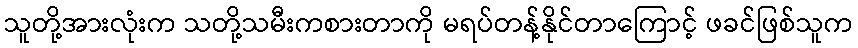
သူတို့အားလုံးက သတို့သမီးကစားတာကို မရပ်တန့်နိုင်တာကြောင့် ဖခင်ဖြစ်သူက